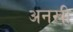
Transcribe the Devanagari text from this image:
अनखी